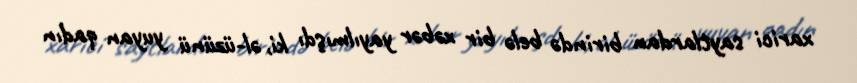
xarici saytlardan birində belə bir xəbər yayılmışdı ki, əl-üzünü yuyan qadın